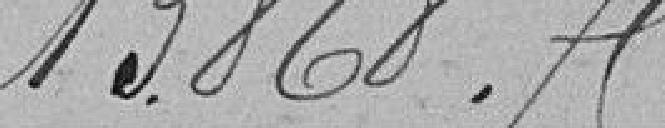
13868.75